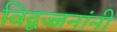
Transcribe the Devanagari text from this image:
विद्वज्जनांनी